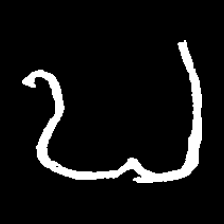
Pyu character \u2014 Myanmar letter: ဎ (romanized: ddha)